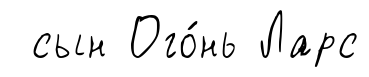
сын Ого́нь Ларс